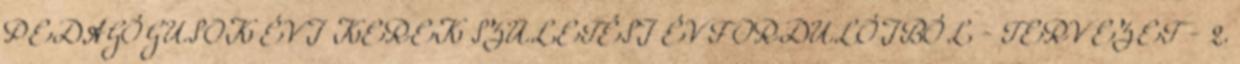
PEDAGÓGUSOK ÉVI KEREK SZÜLETÉSI ÉVFORDULÓIBÓL - TERVEZET - 2.